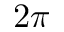
2 \pi